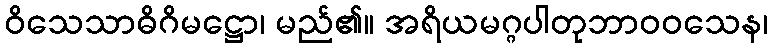
ဝိသေသာဓိဂိမဋ္ဌော၊ မည်၏။ အရိယမဂ္ဂပါတုဘာဝဝသေန၊